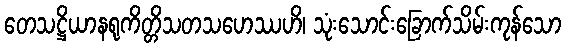
တေသဋ္ဌိယာနရုကိတ္တိသတသဟေဿဟိ၊ သုံးသောင်းခြောက်သိမ်းကုန်သော